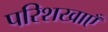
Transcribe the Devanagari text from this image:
परिशखाएँ